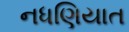
નધણિયાત